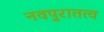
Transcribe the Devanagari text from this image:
नवपुरातत्व